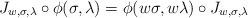
LaTeX: \begin{align*} J_{w,\sigma,\lambda} \circ \phi(\sigma,\lambda) = \phi(w\sigma,w\lambda) \circ J_{w,\sigma,\lambda}\end{align*}